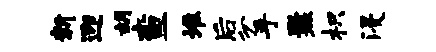
新迎胡查堆后分手爨枳浸